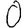
Digit: 0